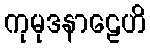
ကုမုဒနာဠေဟိ